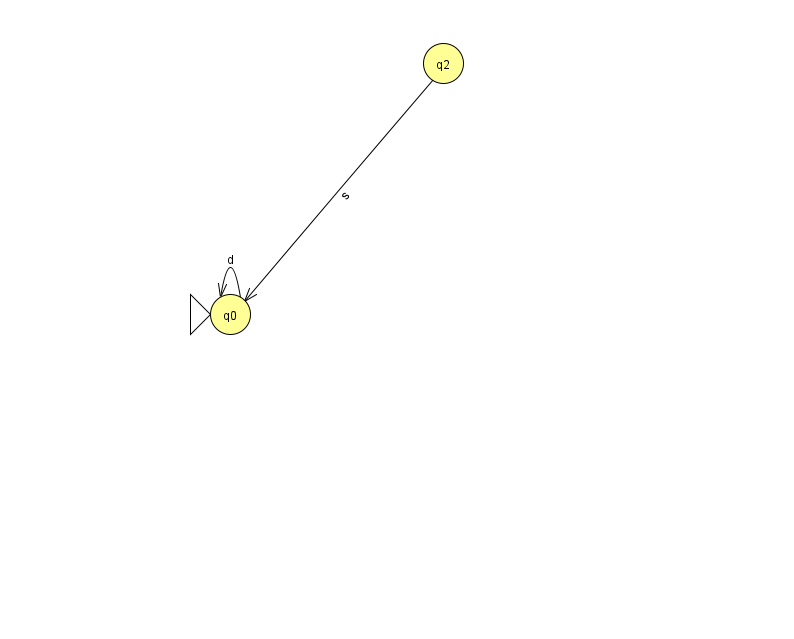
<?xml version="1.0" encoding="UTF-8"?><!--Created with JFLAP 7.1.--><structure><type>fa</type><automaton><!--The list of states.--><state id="0" name="q0"><x>230.0</x><y>301.0</y><initial/></state><state id="2" name="q2"><x>443.0</x><y>50.0</y></state><!--The list of transitions.--><transition><from>0</from><to>0</to><read>d</read></transition><transition><from>2</from><to>0</to><read>s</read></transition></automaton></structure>